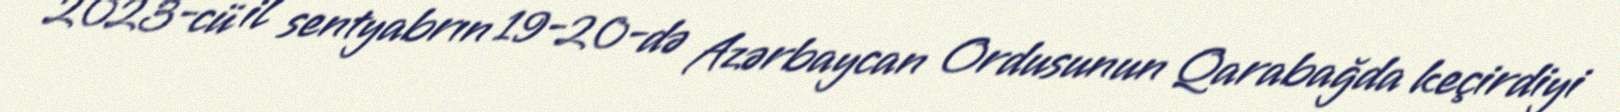
2023-cü il sentyabrın 19-20-də Azərbaycan Ordusunun Qarabağda keçirdiyi